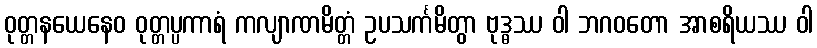
ဝုတ္တနယေနေဝ ဝုတ္တပ္ပကာရံ ကလျာဏမိတ္တံ ဥပသင်္ကမိတွာ ဗုဒ္ဓဿ ဝါ ဘဂဝတော အာစရိယဿ ဝါ